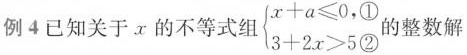
例4已知关于。x的不等式组$$\begin{cases}